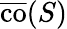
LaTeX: {\overline{{\operatorname{co}}}}(S)